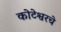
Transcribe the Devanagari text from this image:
कोटेश्वरचे